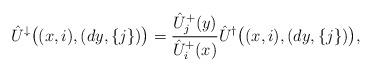
LaTeX: \begin{align*}\hat U^\downarrow\big((x,i),(dy,\{j\})\big)=\frac{\hat U^+_j(y)}{\hat U^+_i(x)}\hat U^\dag\big((x,i),(dy,\{j\})\big),\end{align*}